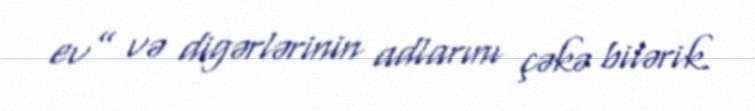
ev” və digərlərinin adlarını çəkə bilərik.